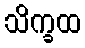
သိက္ခထ